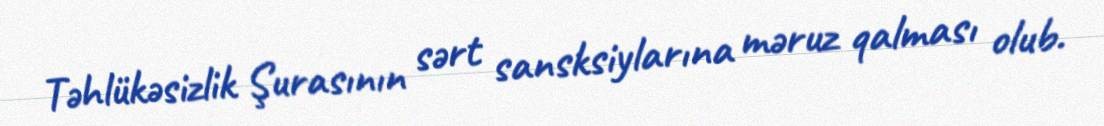
Təhlükəsizlik Şurasının sərt sansksiylarına məruz qalması olub.